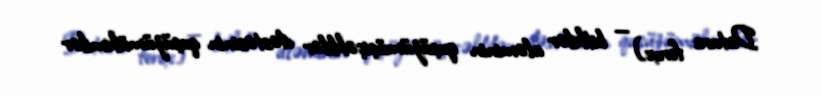
Datura ferox) — bitkilər aləminin quşüzümüçiçəklilər dəstəsinin quşüzümükimilər